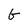
Character: G